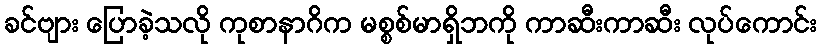
ခင်ဗျား ပြောခဲ့သလို ကုစာနာဂိက မစ္စစ်မာရှိဘကို ကာဆီးကာဆီး လုပ်ကောင်း